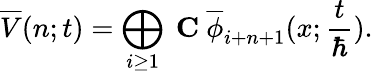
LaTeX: \overline{{{V}}}(n;t)=\bigoplus_{i\geq 1}\mathrm{~\mathbf{C}~}\overline{{{\phi}}}_{i+n+1}(x;\frac{t}{\hbar}).